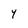
Character: Y